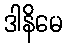
ဒါနိမေ